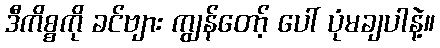
ဒီကိစ္စကို ခင်ဗျား ကျွန်တော့် ပေါ် ပုံမချပါနဲ့။